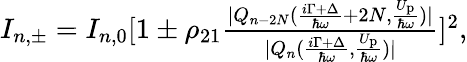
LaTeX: \begin{array}{r}{I_{n,\pm}=I_{n,0}[1\pm\rho_{21}\frac{|Q_{n-2N}(\frac{i\Gamma+\Delta}{\hbar\omega}+2N,\frac{U_{\mathrm{p}}}{\hbar\omega})|}{|Q_{n}(\frac{i\Gamma+\Delta}{\hbar\omega},\frac{U_{\mathrm{p}}}{\hbar\omega})|}]^{2},}\end{array}